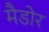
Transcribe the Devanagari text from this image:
मैडोर